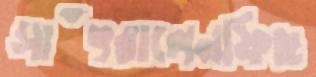
সাঁৎরালেনফিছ